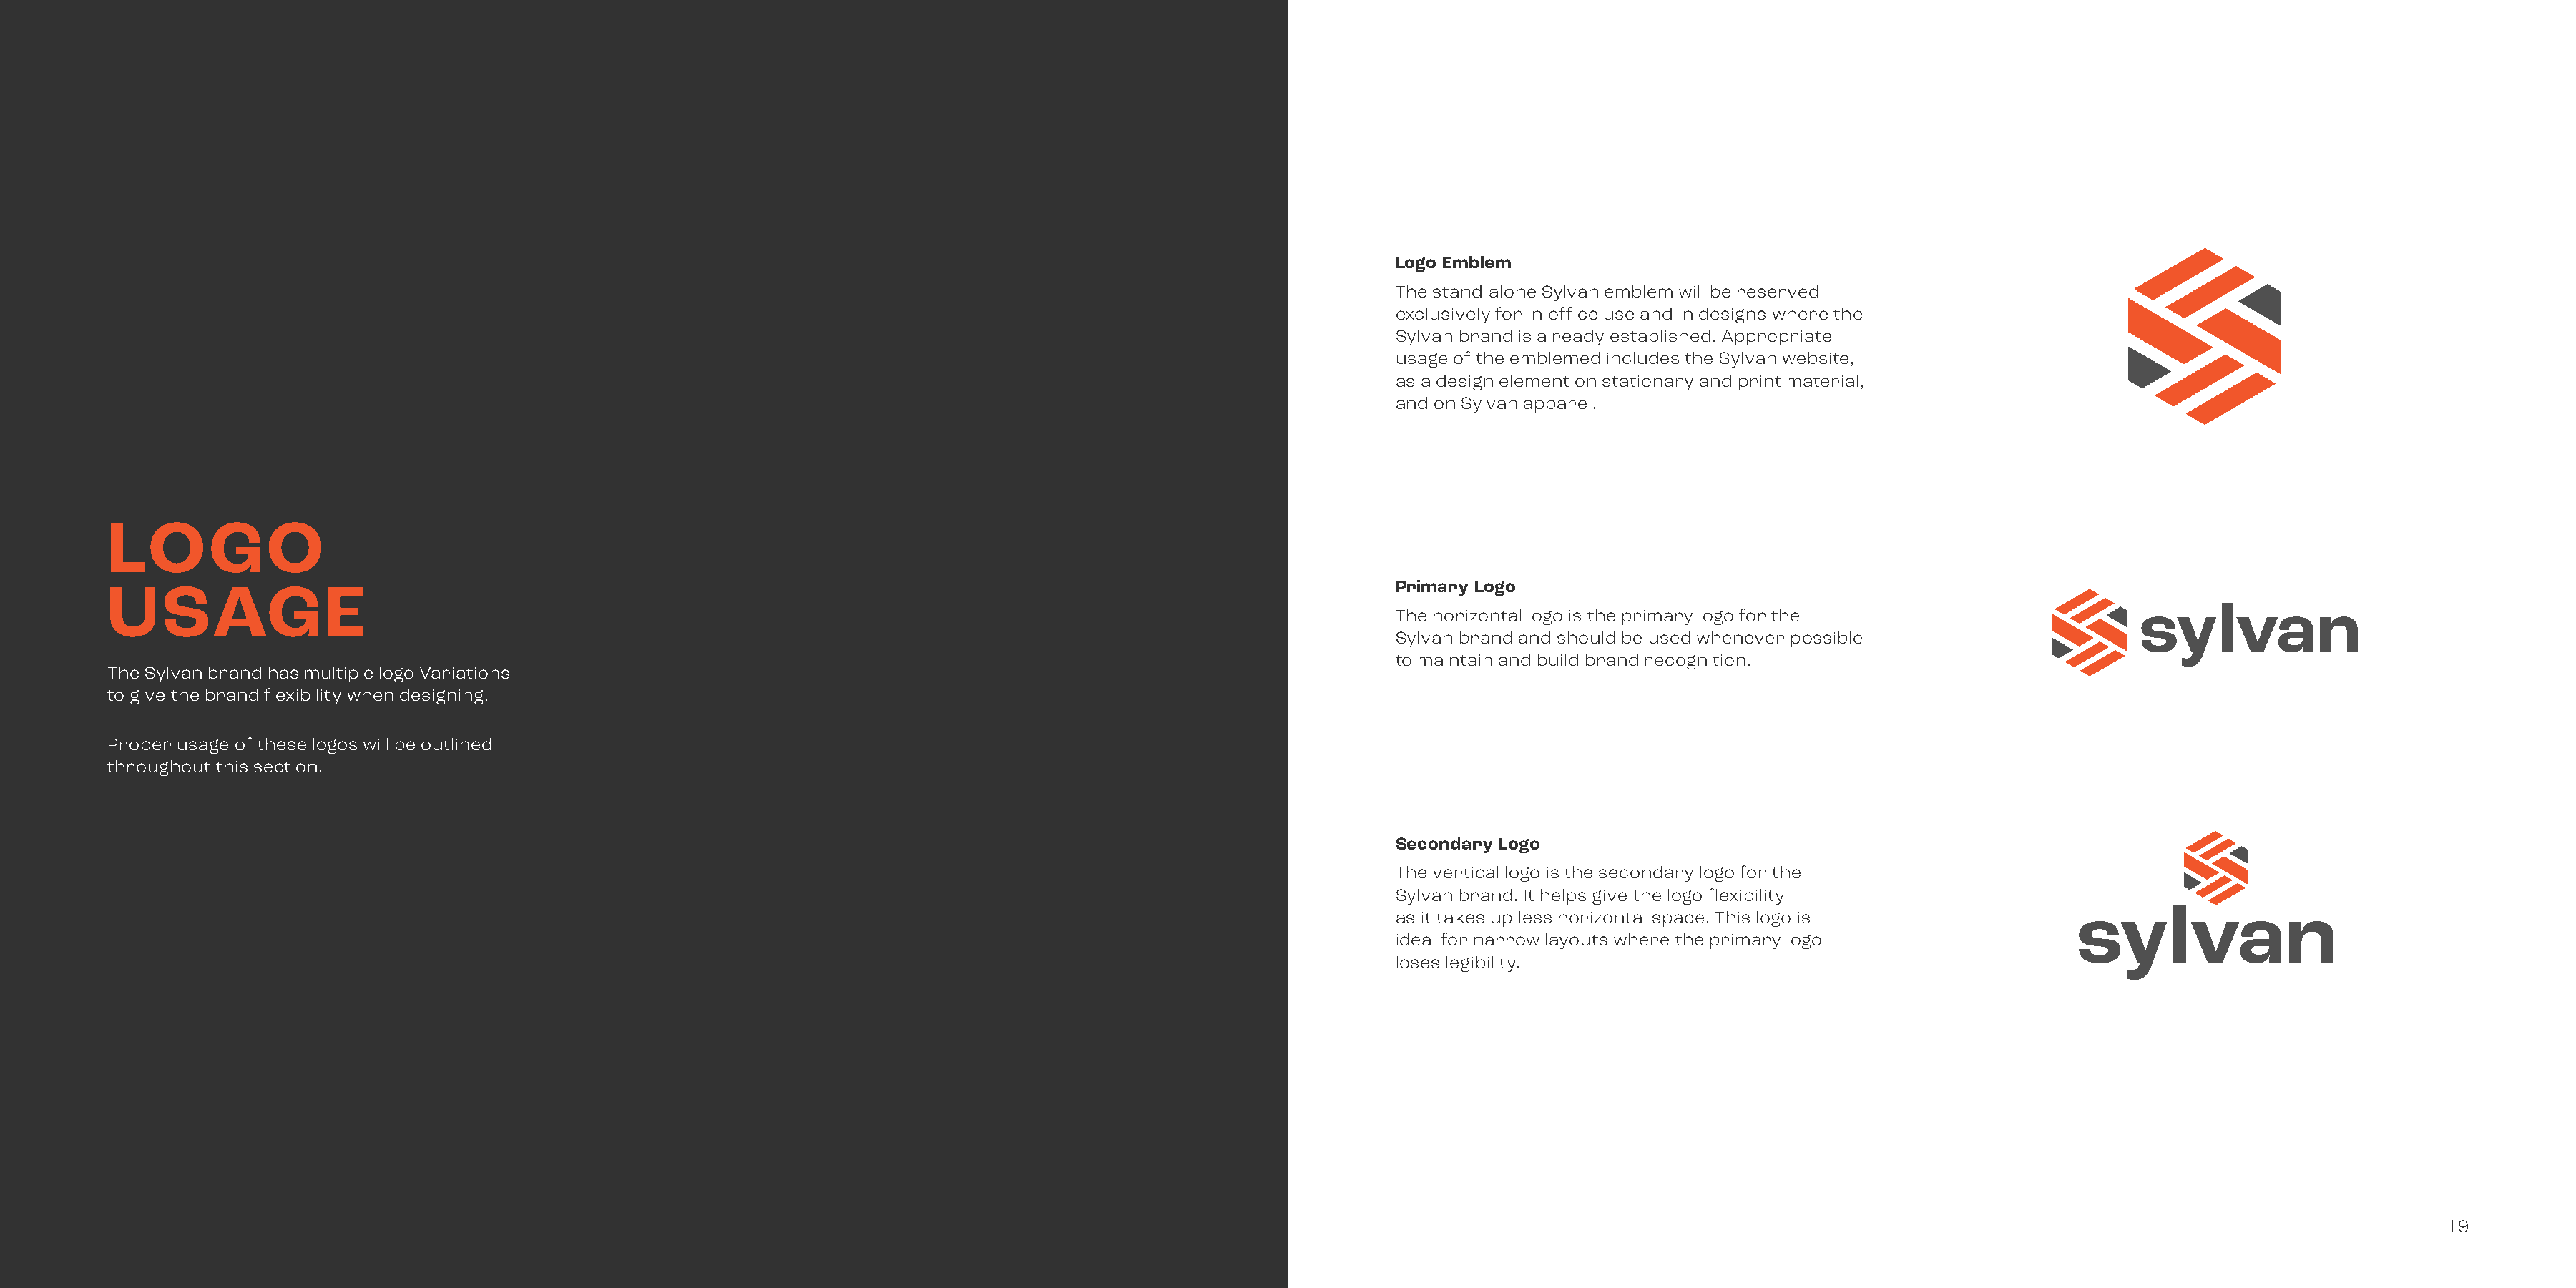
Logo Emblem
 The stand-alone Sylvan emblem will be reserved
 exclusively for in office use and in designs where the
 Sylvan brand is already established. Appropriate
 usage of the emblemed includes the Sylvan website,
 as a design element on stationary and print material,
 and on Sylvan apparel.
 LOGO
 Primary Logo
 USAGE
 The horizontal logo is the primary logo for the
 Sylvan brand and should be used whenever possible
 to maintain and build brand recognition.
 The Sylvan brand has multiple logo Variations
 to give the brand flexibility when designing.
 Proper usage of these logos will be outlined
 throughout this section.
 Secondary Logo
 The vertical logo is the secondary logo for the
 Sylvan brand. It helps give the logo flexibility
 as it takes up less horizontal space. This logo is
 ideal for narrow layouts where the primary logo
 loses legibility.
 19